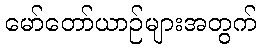
မော်တော်ယာဉ်များအတွက်